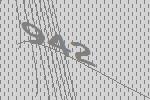
942